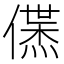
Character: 𬿱